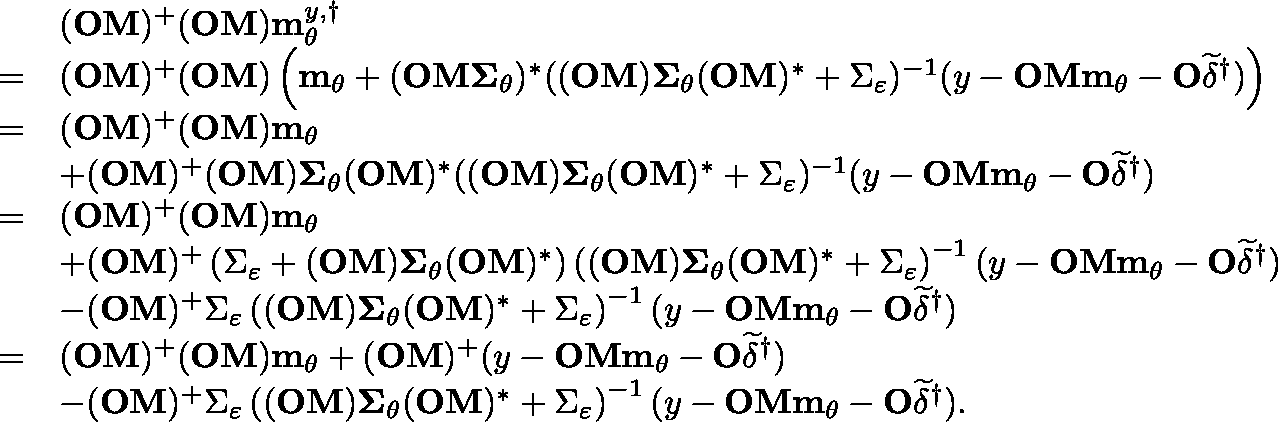
\begin{array} { r l } & { ( \mathbf { O M } ) ^ { + } ( \mathbf { O M } ) \mathbf { m } _ { \theta } ^ { y , \dagger } } \\ { = } & { ( \mathbf { O M } ) ^ { + } ( \mathbf { O M } ) \left( \mathbf { m } _ { \theta } + ( \mathbf { O M } \mathbf { \Sigma } _ { \theta } ) ^ { \ast } ( ( \mathbf { O M } ) \mathbf { \Sigma } _ { \theta } ( \mathbf { O M } ) ^ { \ast } + \Sigma _ { \varepsilon } ) ^ { - 1 } ( y - \mathbf { O M m } _ { \theta } - \mathbf { O } \widetilde { \delta } ^ { \dagger } ) \right) } \\ { = } & { ( \mathbf { O M } ) ^ { + } ( \mathbf { O M } ) \mathbf { m } _ { \theta } } \\ & { + ( \mathbf { O M } ) ^ { + } ( \mathbf { O M } ) \mathbf { \Sigma } _ { \theta } ( \mathbf { O M } ) ^ { \ast } ( ( \mathbf { O M } ) \mathbf { \Sigma } _ { \theta } ( \mathbf { O M } ) ^ { \ast } + \Sigma _ { \varepsilon } ) ^ { - 1 } ( y - \mathbf { O M m } _ { \theta } - \mathbf { O } \widetilde { \delta } ^ { \dagger } ) } \\ { = } & { ( \mathbf { O M } ) ^ { + } ( \mathbf { O M } ) \mathbf { m } _ { \theta } } \\ & { + ( \mathbf { O M } ) ^ { + } \left( \Sigma _ { \varepsilon } + ( \mathbf { O M } ) \mathbf { \Sigma } _ { \theta } ( \mathbf { O M } ) ^ { \ast } \right) \left( ( \mathbf { O M } ) \mathbf { \Sigma } _ { \theta } ( \mathbf { O M } ) ^ { \ast } + \Sigma _ { \varepsilon } \right) ^ { - 1 } ( y - \mathbf { O M m } _ { \theta } - \mathbf { O } \widetilde { \delta } ^ { \dagger } ) } \\ & { - ( \mathbf { O M } ) ^ { + } \Sigma _ { \varepsilon } \left( ( \mathbf { O M } ) \mathbf { \Sigma } _ { \theta } ( \mathbf { O M } ) ^ { \ast } + \Sigma _ { \varepsilon } \right) ^ { - 1 } ( y - \mathbf { O M m } _ { \theta } - \mathbf { O } \widetilde { \delta } ^ { \dagger } ) } \\ { = } & { ( \mathbf { O M } ) ^ { + } ( \mathbf { O M } ) \mathbf { m } _ { \theta } + ( \mathbf { O M } ) ^ { + } ( y - \mathbf { O M m } _ { \theta } - \mathbf { O } \widetilde { \delta } ^ { \dagger } ) } \\ & { - ( \mathbf { O M } ) ^ { + } \Sigma _ { \varepsilon } \left( ( \mathbf { O M } ) \mathbf { \Sigma } _ { \theta } ( \mathbf { O M } ) ^ { \ast } + \Sigma _ { \varepsilon } \right) ^ { - 1 } ( y - \mathbf { O M m } _ { \theta } - \mathbf { O } \widetilde { \delta } ^ { \dagger } ) . } \end{array}